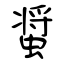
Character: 螀